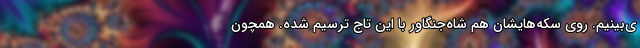
ی‌بینیم. روی سکه‌هایشان هم شاه‌جنگاور با این تاج ترسیم شده. همچون